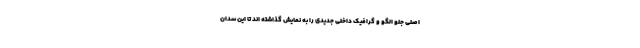
اصلی جلو الگو و گرافیک داخلی جدیدی را به نمایش گذاشته اند تا این سدان